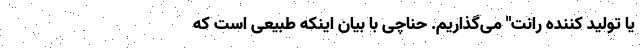
یا تولید کننده رانت" می‌گذاریم. حناچی با بیان اینکه طبیعی است که